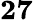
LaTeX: \mathbf{27}